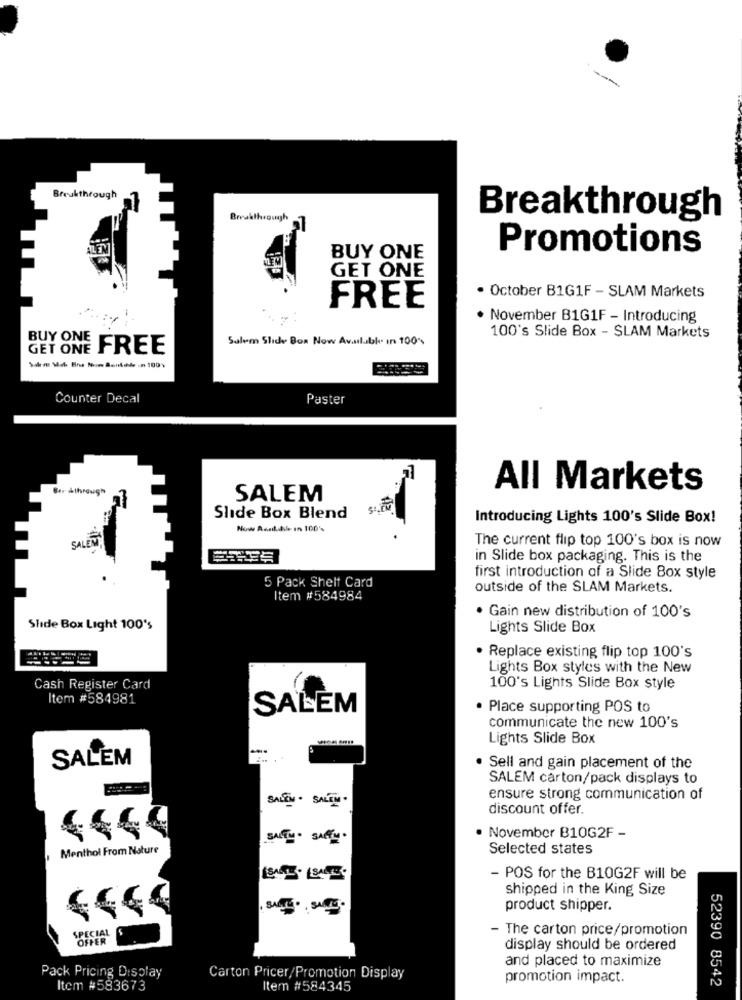
Breukthrough
Breakthrough
Promotions
BUY ONE
GET ONE
FREE
· October B1G1F - SLAM Markets
. November B1G1F - Introducing
BUY ONE
Salem Slide Boa Now Available in 100%
100's Slide Box - SLAM Markets
GET ONE
FREE
Counter Decal
Paster
Ber &through
All Markets
SALEM
Slide Box Blend
Introducing Lights 100's Slide Box!
Now Rank.Ale In 100's
SALENT
The current flip top 100's box is now
in Slide box packaging. This is the
5 Pack Shelf Card
first introduction of a Slide Box style
outside of the SLAM Markets.
Item #584984
· Gain new distribution of 100's
Slide Box Light 100's
Lights Slide Box
Replace existing flip top 100's
Lights Box styles with the New
Cash Register Card
100's Lights Slide Box style
Item #584981
SALEM
· Place supporting POS to
communicate the new 100's
Lights Slide Box
SALEM
Sell and gain placement of the
SALEM carton/pack displays to
ensure strong communication of
SALON . SALEN .
discount offer.
SALTY . SARL .
November B10G2F -
Menthol From Nature
Selected states
- POS for the B10G2F will be
shipped in the King Size
product shipper.
- The carton price/promotion
display should be ordered
and placed to maximize
Pack Pricing Display
Carton Pricer/Promotion Display
promotion impact.
52390 8542
Item #583673
Item #584345